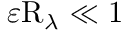
\varepsilon \mathrm { R } _ { \lambda } \ll 1